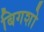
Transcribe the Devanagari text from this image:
बिगशो